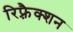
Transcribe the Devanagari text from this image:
रिफ़्रैक्शन